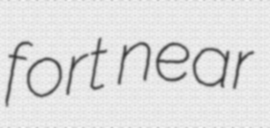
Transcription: fort near